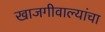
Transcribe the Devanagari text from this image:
खाजगीवाल्यांचा